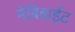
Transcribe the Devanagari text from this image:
मेबिबाईट